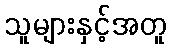
သူများနှင့်အတူ